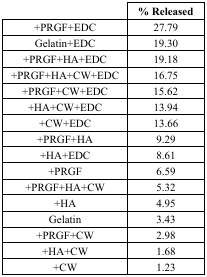
|  | % Released |
 | --- | --- |
 | +PRGF+EDC | 27.79 |
 | Gelatin+EDC | 19.30 |
 | +PRGF+HA+EDC | 19.18 |
 | +PRGF+HA+CW+EDC | 16.75 |
 | +PRGF+CW+EDC | 15.62 |
 | +HA+CW+EDC | 13.94 |
 | +CW+EDC | 13.66 |
 | +PRGF+HA | 9.29 |
 | +HA+EDC | 8.61 |
 | +PRGF | 6.59 |
 | +PRGF+HA+CW | 5.32 |
 | +HA | 4.95 |
 | Gelatin | 3.43 |
 | +PRGF+CW | 2.98 |
 | +HA+CW | 1.68 |
 | +CW | 1.23 |